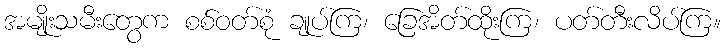
အမျိုးသမီးတွေက စစ်ဝတ်စုံ ချုပ်ကြ၊ ခြေအိတ်ထိုးကြ၊ ပတ်တီးလိပ်ကြ။